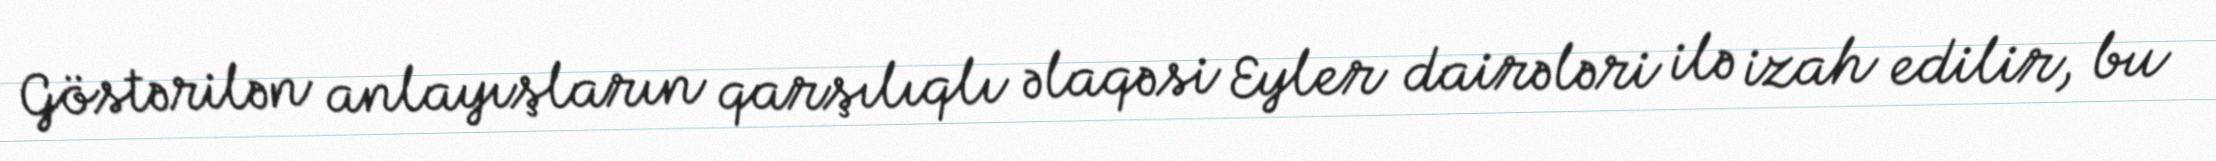
Göstərilən anlayışların qarşılıqlı əlaqəsi Eyler dairələri ilə izah edilir, bu